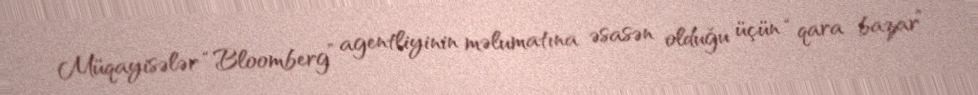
Müqayisələr “Bloomberg” agentliyinin məlumatına əsasən olduğu üçün “qara bazar”